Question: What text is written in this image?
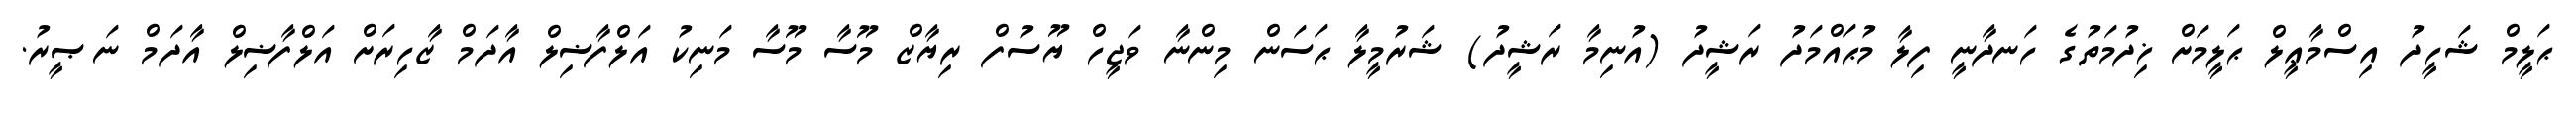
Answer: ޙަލީމް ޝަހީދު އިސްމާޢީލް ޙަލީމަށް ޚިދުމަތުގެ ހަނދާނީ ފިލާ މުޙައްމަދު ރަޝީދު (އުނިމާ ރަޝީދު) ޝަރުމީލާ ޙަސަން މިންނާ ވަޖީހް ޔޫސުފް ރިޔާޒް މޫސާ މޫސާ މަނިކު އަލްފާޟިލް އާދަމް ޒާހިރަށް އަލްފާޟިލް އާދަމް ނަޞީރު.